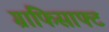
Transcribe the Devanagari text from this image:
ग्राफिसाफ्ट